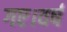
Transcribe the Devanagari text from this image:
गए।वर्ष